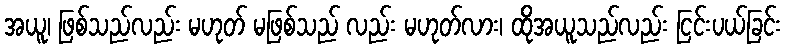
အယူ၊ ဖြစ်သည်လည်း မဟုတ် မဖြစ်သည် လည်း မဟုတ်လား၊ ထိုအယူသည်လည်း ငြင်းပယ်ခြင်း